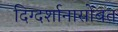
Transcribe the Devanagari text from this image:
दिग्दर्शानासोबत